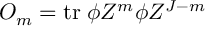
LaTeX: { \cal O } _ { m } = \mathrm { t r } \; \phi Z ^ { m } \phi Z ^ { J - m }